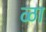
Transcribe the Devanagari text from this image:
ळा